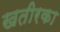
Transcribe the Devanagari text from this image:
खतीरका